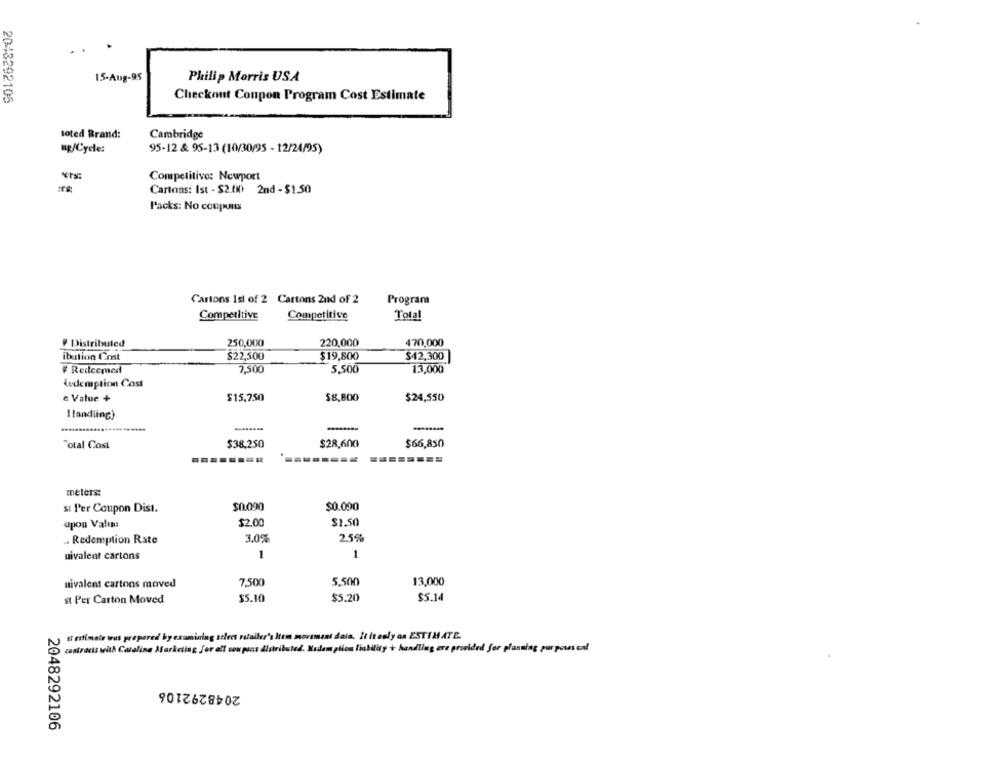
15-Aug-95
Philip Morris USA
2043292106
Checkout Conpon Program Cost Estimate
soted Rrand:
Cambridge
ug/Cycle:
95-12 & 95-13 (10/30/95 - 12/24/95)
Competitivo: Newport
Cartons: Ist - $2.000 2nd - $1.50
Packs: No conpunts
Cartons 1st of 2 Cartons 2nd of 2
Program
Competitive
Competitive
Total
Distributed
250,000
220,000
470,000
ibution Cost
$22,500
$19,800
$42,300
# Redeemed
7,500
5,500
13,000
Redemption Cost
$15,750
$8,800
$24,550
e Value +
I landling)
$28,600
$66,850
Total Cost
$38,250
meters:
si Per Coupon Dist.
$0.090
$0.090
upon Value
$2.00
$1.50
. Redemption Rate
3.0%
2.5%
uivalent cartons
1
5,500
13,000
uivalent cartons moved
7,500
$5.14
st Per Carton Moved
$5.10
$5.20
di ritimale was prepared by examining sclecs retailer's Item movement dala. It it asly an ESTIMATE.
contracts with Catalina Marketing for ell con pons distributed. Nudlem ption liability + handling ere provided for planning purposeal
2048292106
2048292106